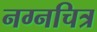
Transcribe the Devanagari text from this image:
नग्नचित्र